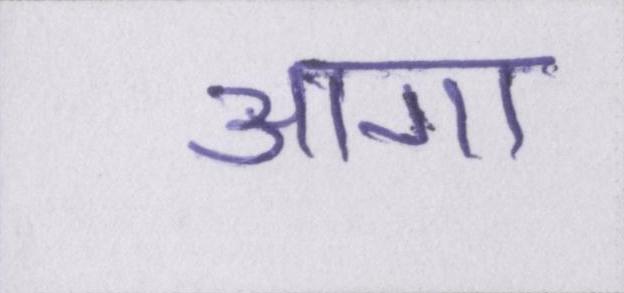
आगा